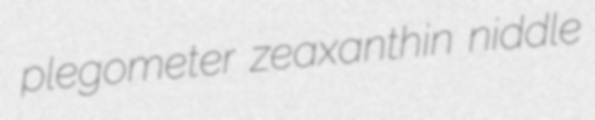
plegometer zeaxanthin niddle